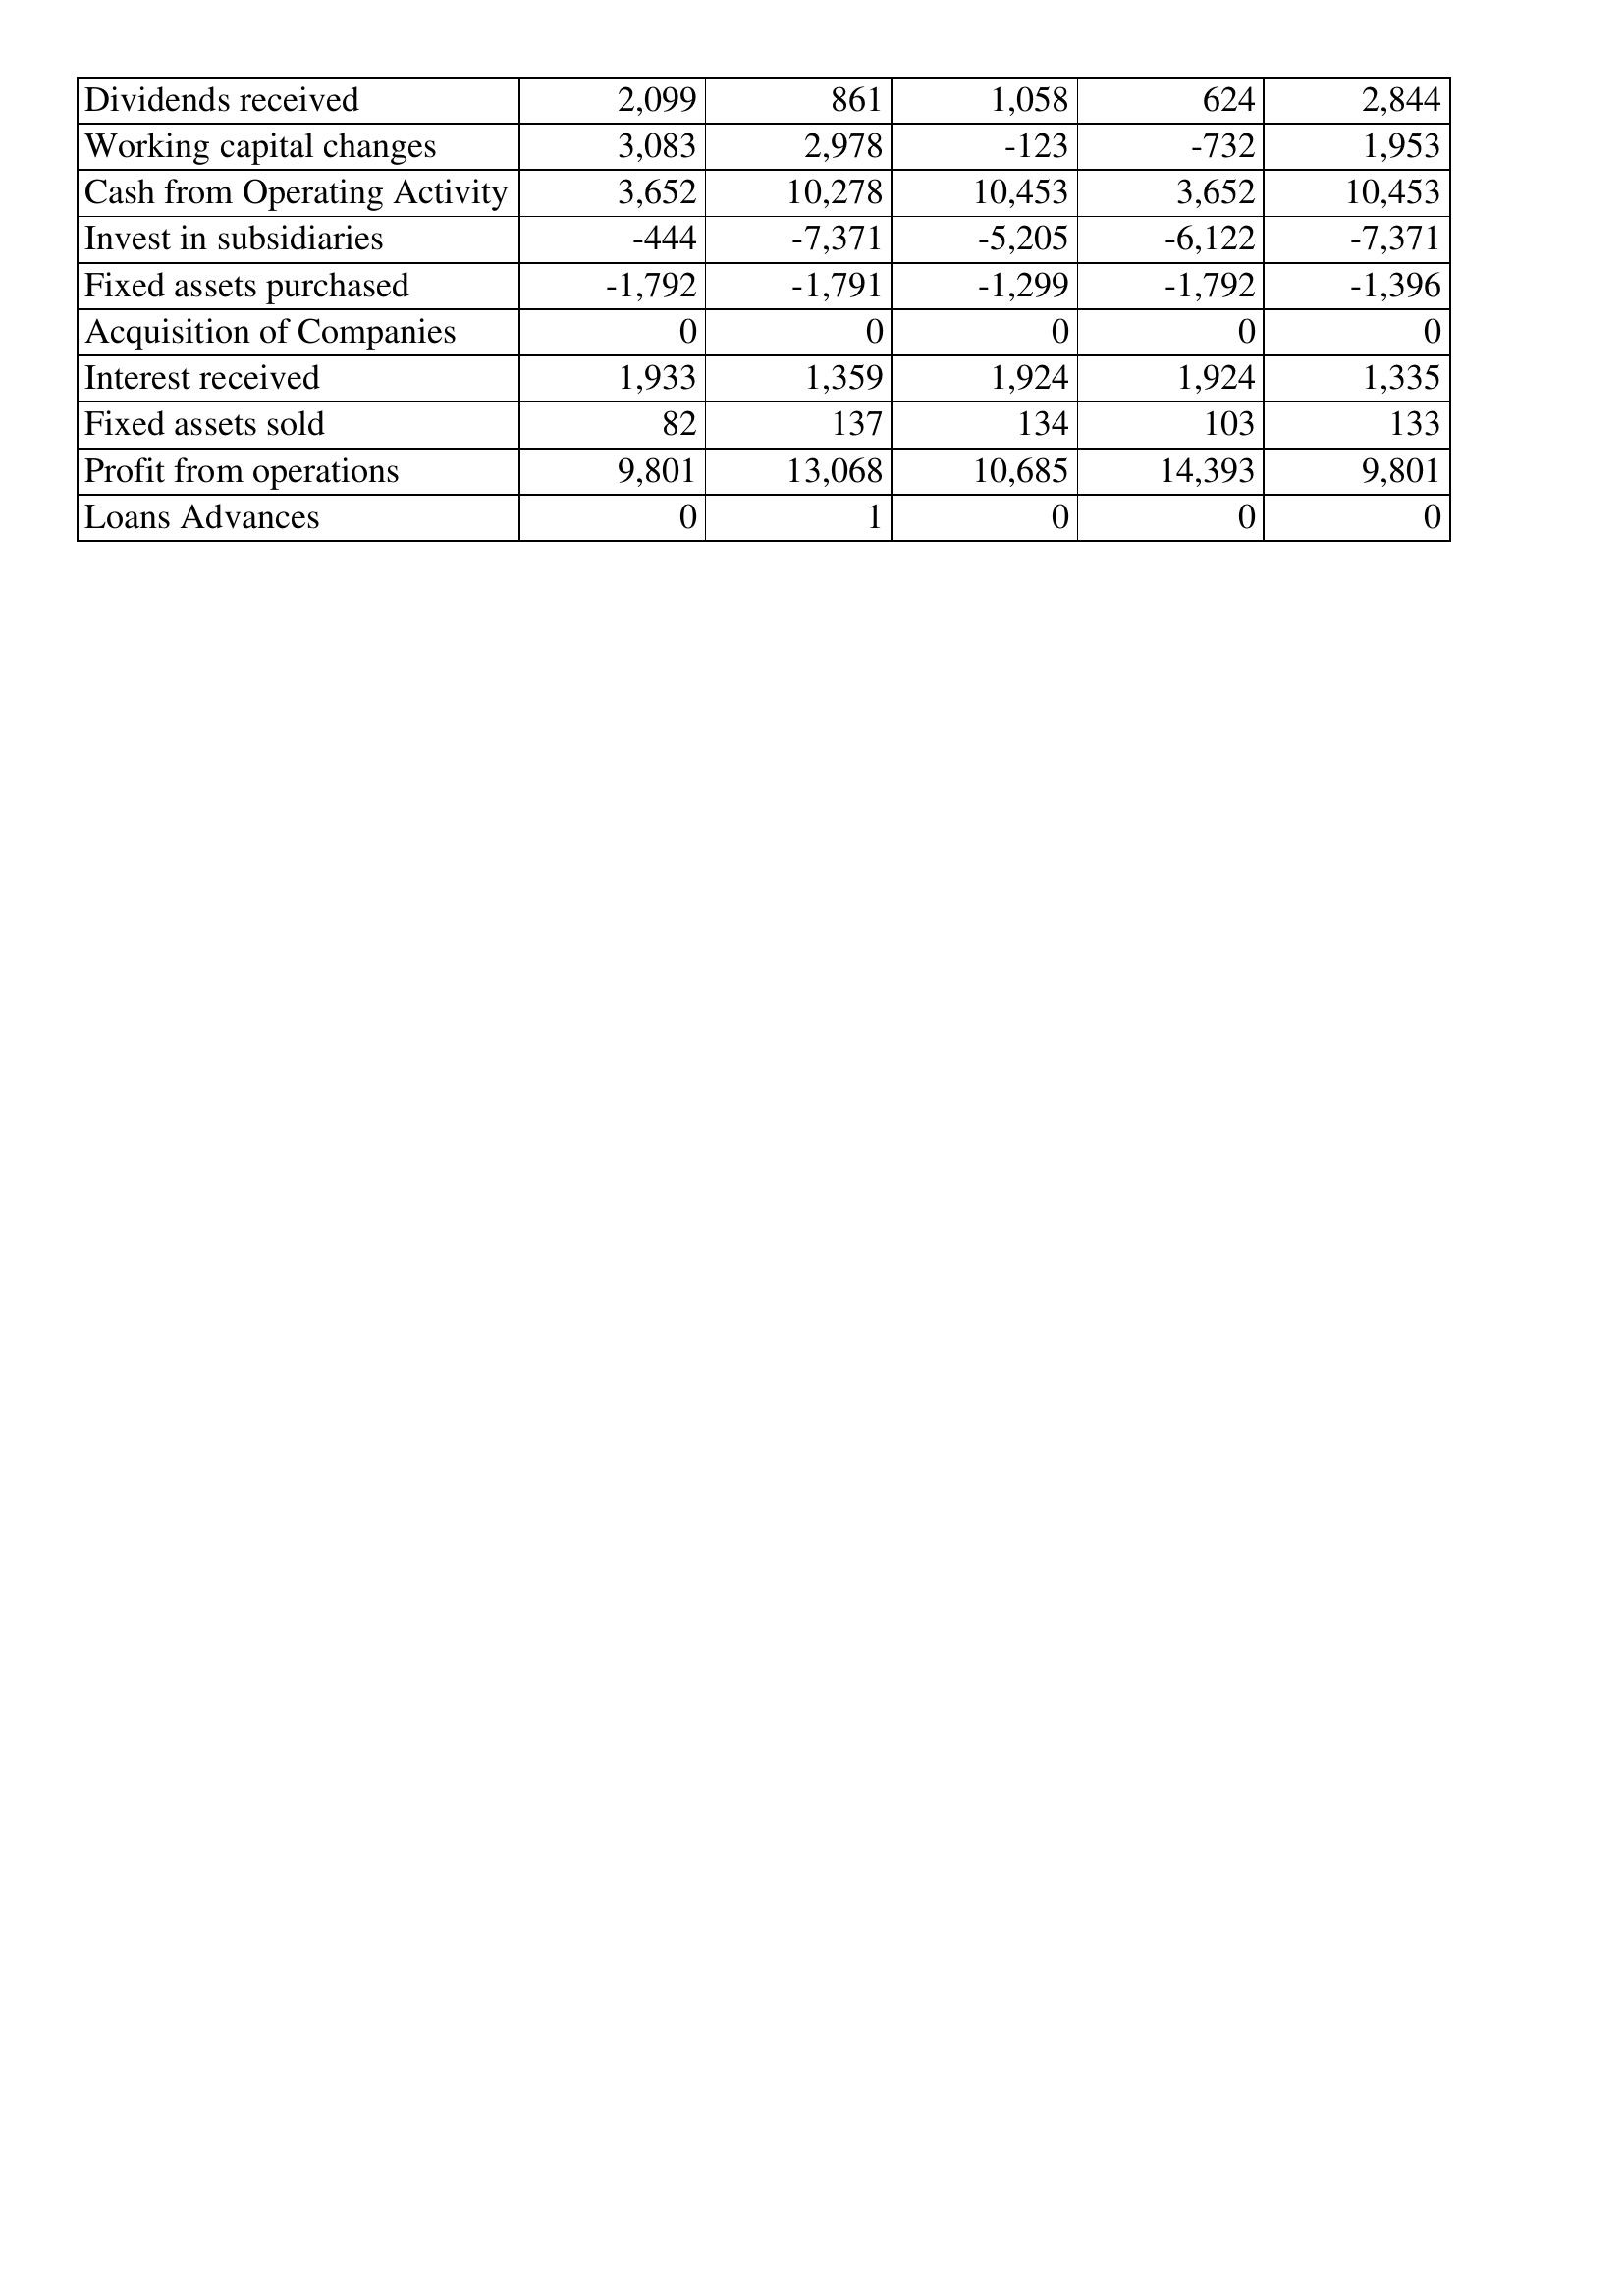
Dec-09: Cash Flows: Dividends received: 2,099
Working capital changes: 3,083
Cash from Operating Activity: 3,652
Invest in subsidiaries: -444
Fixed assets purchased: -1,792
Acquisition of Companies: 0
Interest received: 1,933
Fixed assets sold: 82
Profit from operations: 9,801
Loans Advances: 0
Dec-08: Cash Flows: Dividends received: 861
Working capital changes: 2,978
Cash from Operating Activity: 10,278
Invest in subsidiaries: -7,371
Fixed assets purchased: -1,791
Acquisition of Companies: 0
Interest received: 1,359
Fixed assets sold: 137
Profit from operations: 13,068
Loans Advances: 1
Dec-07: Cash Flows: Dividends received: 1,058
Working capital changes: -123
Cash from Operating Activity: 10,453
Invest in subsidiaries: -5,205
Fixed assets purchased: -1,299
Acquisition of Companies: 0
Interest received: 1,924
Fixed assets sold: 134
Profit from operations: 10,685
Loans Advances: 0
Dec-06: Cash Flows: Dividends received: 624
Working capital changes: -732
Cash from Operating Activity: 3,652
Invest in subsidiaries: -6,122
Fixed assets purchased: -1,792
Acquisition of Companies: 0
Interest received: 1,924
Fixed assets sold: 103
Profit from operations: 14,393
Loans Advances: 0
Dec-05: Cash Flows: Dividends received: 2,844
Working capital changes: 1,953
Cash from Operating Activity: 10,453
Invest in subsidiaries: -7,371
Fixed assets purchased: -1,396
Acquisition of Companies: 0
Interest received: 1,335
Fixed assets sold: 133
Profit from operations: 9,801
Loans Advances: 0